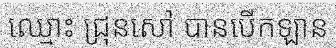
ឈ្មោះ ជ្រុនសៅ បានបើកឡាន